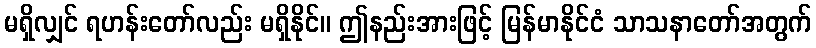
မရှိလျှင် ရဟန်းတော်လည်း မရှိနိုင်။ ဤနည်းအားဖြင့် မြန်မာနိုင်ငံ သာသနာတော်အတွက်